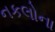
નકલોના